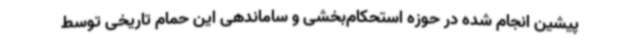
پیشین انجام شده در حوزه استحکام‌بخشی و ساماندهی این حمام تاریخی توسط